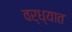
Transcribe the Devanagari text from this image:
वर्ध्यात